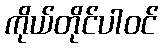
ကိုယ်တိုင်ပါဝင်